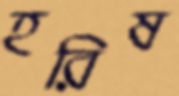
হরিষ